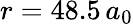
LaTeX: r=48.5\, a_{0}